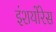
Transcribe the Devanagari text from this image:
इंशयोंरेस